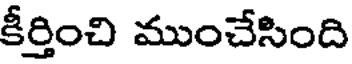
కీర్తించి ముంచేసింది